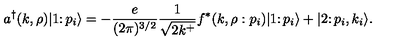
a ^ { \dagger } ( k , \rho ) \vert 1 \colon p _ { i } \rangle = - { \frac { e } { ( 2 \pi ) ^ { 3 / 2 } } } { \frac { 1 } { \sqrt { 2 k ^ { + } } } } f ^ { * } ( k , \rho : p _ { i } ) \vert 1 \colon p _ { i } \rangle + \vert 2 \colon p _ { i } , k _ { i } \rangle .